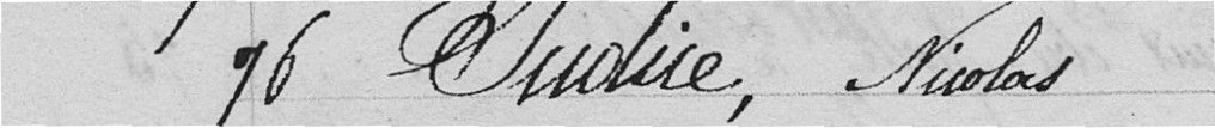
96 Judice, Nicolas